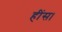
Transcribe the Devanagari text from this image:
हींस।